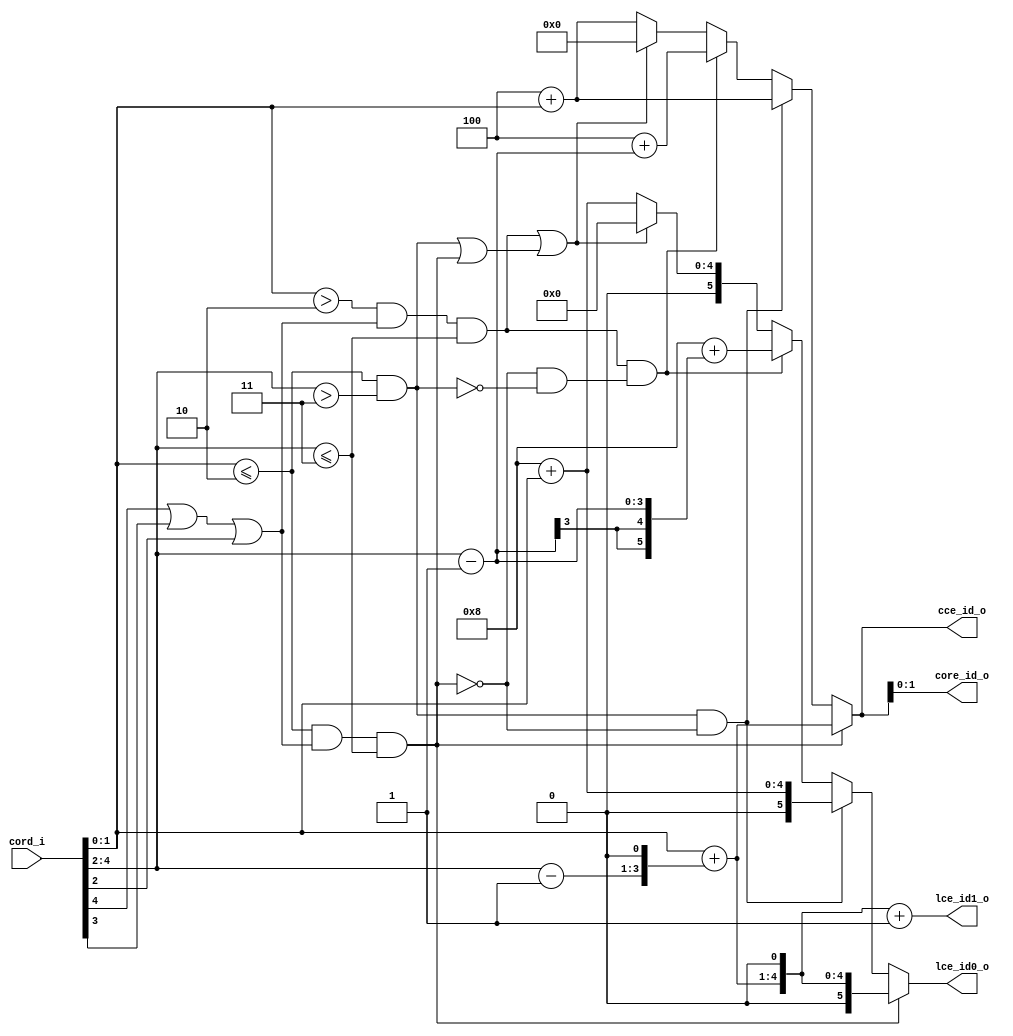
module bp_me_cord_to_id_05
(
  cord_i,
  core_id_o,
  cce_id_o,
  lce_id0_o,
  lce_id1_o
);

  input [4:0] cord_i;
  output [1:0] core_id_o;
  output [3:0] cce_id_o;
  output [5:0] lce_id0_o;
  output [5:0] lce_id1_o;
  wire [1:0] core_id_o;
  wire [3:0] cce_id_o;
  wire [5:0] lce_id0_o,lce_id1_o;
  wire N6,N7,N8,cord_in_cc_li,N9,cord_in_mc_li,N10,cord_in_ac_li,N11,N12,N13,N14,N15,
  N16,N17,N18,N19,N20,N21,N22,N23,N24,N25,N26,N27,N28,N29,N30,N31,N32,N33,N34,N35,
  N36,N37,N38,N39,N40,N41,N42,N43,N44,N45,N46,N47,N48,N49,N50,N51,N52,N53,N54,N55,
  N56,N57,N58,N59,N60,N61,N62,N63,N64,N65,N66,N67,N68,N69,N70,N71;
  assign cce_id_o[1] = core_id_o[1];
  assign cce_id_o[0] = core_id_o[0];
  assign N7 = cord_i[1:0] <= { 1'b1, 1'b0 };
  assign N8 = cord_i[4:2] <= { 1'b1, 1'b1 };
  assign N9 = cord_i[4:2] > { 1'b1, 1'b1 };
  assign N10 = cord_i[1:0] > { 1'b1, 1'b0 };
  assign { N16, N15, N14 } = cord_i[4:2] - 1'b1;
  assign { N20, N19, N18, N17 } = cord_i[1:0] + { N16, N15, N14, 1'b0 };
  assign { N26, N25, N24, N23, N22, N21 } = { N20, N19, N18, N17, 1'b0 } + 1'b1;
  assign { N31, N30, N29, N28 } = { 1'b1, 1'b0, 1'b0 } + cord_i[1:0];
  assign { N36, N35, N34, N33, N32 } = { 1'b1, 1'b0, 1'b0, 1'b0 } + cord_i[1:0];
  assign lce_id1_o[0] = N21;
  assign lce_id1_o[1] = N22;
  assign lce_id1_o[2] = N23;
  assign lce_id1_o[3] = N24;
  assign lce_id1_o[4] = N25;
  assign lce_id1_o[5] = N26;
  assign { N55, N54, N53, N52 } = { 1'b1, 1'b0, 1'b0 } + cord_i[1:0];
  assign { N60, N59, N58, N57, N56 } = { 1'b1, 1'b0, 1'b0, 1'b0 } + cord_i[1:0];
  assign { N41, N40, N39, N38 } = cord_i[4:2] - 1'b1;
  assign { N45, N44, N43, N42 } = { 1'b1, 1'b0, 1'b0 } + { N41, N40, N39, N38 };
  assign { N51, N50, N49, N48, N47, N46 } = { 1'b1, 1'b0, 1'b0, 1'b0 } + { N41, N41, N41, N40, N39, N38 };
  assign { cce_id_o[3:2], core_id_o } = (N6)? { N20, N19, N18, N17 } : 
                                        (N62)? { N31, N30, N29, N28 } : 
                                        (N65)? { N45, N44, N43, N42 } : 
                                        (N13)? { N55, N54, N53, N52 } : 1'b0;
  assign N6 = cord_in_cc_li;
  assign lce_id0_o = (N6)? { 1'b0, N20, N19, N18, N17, 1'b0 } : 
                     (N62)? { 1'b0, N36, N35, N34, N33, N32 } : 
                     (N65)? { N51, N50, N49, N48, N47, N46 } : 
                     (N13)? { 1'b0, N60, N59, N58, N57, N56 } : 1'b0;
  assign cord_in_cc_li = N68 & N8;
  assign N68 = N7 & N67;
  assign N67 = N66 | cord_i[2];
  assign N66 = cord_i[4] | cord_i[3];
  assign cord_in_mc_li = N7 & N9;
  assign cord_in_ac_li = N71 & N8;
  assign N71 = N10 & N70;
  assign N70 = N69 | cord_i[2];
  assign N69 = cord_i[4] | cord_i[3];
  assign N11 = cord_in_mc_li | cord_in_cc_li;
  assign N12 = cord_in_ac_li | N11;
  assign N13 = ~N12;
  assign N27 = N62;
  assign N37 = N65;
  assign N61 = ~cord_in_cc_li;
  assign N62 = cord_in_mc_li & N61;
  assign N63 = ~cord_in_mc_li;
  assign N64 = N61 & N63;
  assign N65 = cord_in_ac_li & N64;

endmodule